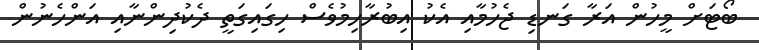
ބޯޓަށް މީހުން އަރާ ގަނޑި ޖެހުމާއި އެކު އިބުރާހިމުވެސް ހިގައިގަތީ ދެކުދިންނާއި އަންހެނުން